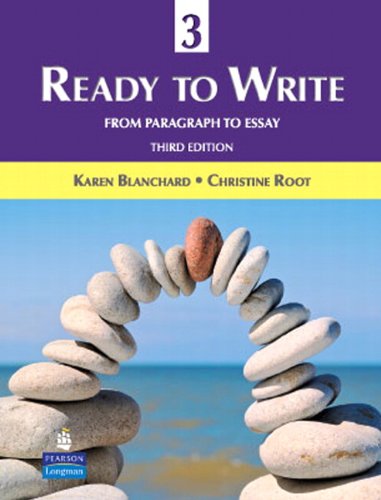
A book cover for Ready to Write 3: From Paragraph to Essay (3rd Edition); Karen Blanchard; Reference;